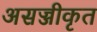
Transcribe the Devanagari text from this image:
असज्जीकृत